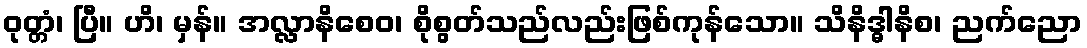
ဝုတ္တံ၊ ပြီ။ ဟိ၊ မှန်။ အလ္လာနိစေဝ၊ စိုစွတ်သည်လည်းဖြစ်ကုန်သော။ သိနိဒ္ဓါနိစ၊ ညက်ညော